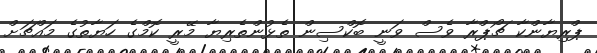
ޕްރިޔާންކާ ޗޯޕްރާ ވެސް ވަނީ ބޮކްސިން ތެޅުންތެރިޔާ މޭރީ ކޮމްގެ ހަޔާތުގެ މައްޗަށް